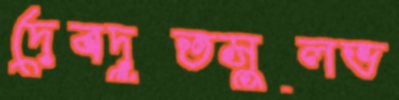
দেবদূতসুলভ